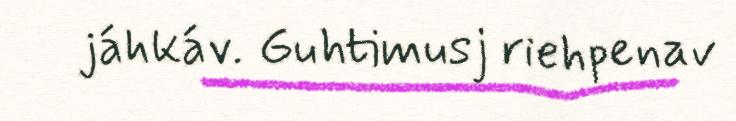
jáhkáv. Guhtimusj riehpenav